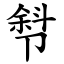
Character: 厁